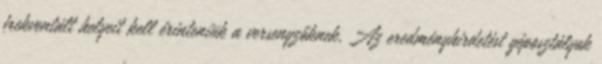
frekventált helyeit kell érinteniük a versenyzőknek. Az eredményhirdetést géposztályok